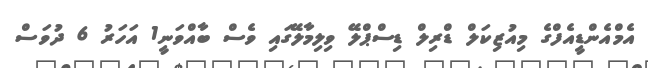
އެމްއެންޑީއެފްގެ މިއުޒިކަލް ޑްރިލް ޑިސްޕްލޭ ވިލިމާލޭގައި ވެސް ބާއްވަނީ1 އަހަރު 6 ދުވަސް